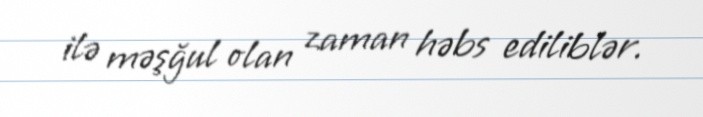
ilə məşğul olan zaman həbs ediliblər.